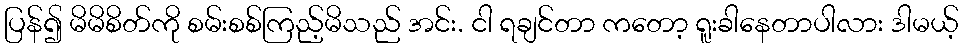
ပြန်၍ မိမိစိတ်ကို စမ်းစစ်ကြည့်မိသည် အင်း. ငါ ရချင်တာ ကတော့ ရူးခါနေတာပါလား ဒါမယ့်